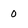
Character: 0